Triennial report on the lunatic asylums in the province of Eastern Bengal and Assam - 1903-1911
Year: 1903
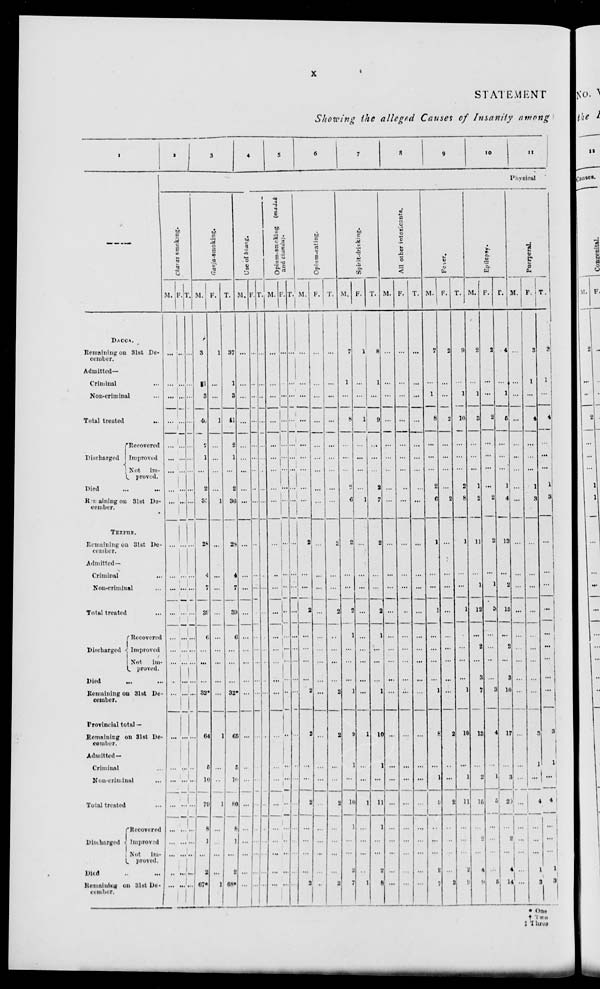
x
STATEMENT
Showing the alleged Causes of Insanity among
1
—
DACCA.
Remaining on 31st De-
cember.
Admitted—
Criminal ...
Non-criminal ...
Total treated
...
Discharged
Recovered
Improved
Not
im-
proved.
Died ... ...
Remaining on 31st De-
cember.
TEZPUR.
Remaining on 31st De-
cember.
Admitted—
Criminal ...
Non-criminal ...
Total treated ...
Discharged
Recovered
Improved
Not
im-
proved.
Died ... ...
Remaining on 31st De-
cember.
Provincial total —
Remaining on 31st De-
cember.
Admitted—
Criminal ...
Non-criminal ...
Total treated ...
Discharged
Recovered
Improved
Not
im-
proved.
Died
...
...
Remaining on 31st De-
cember.
2
3
4
5
6
7
8
9
10
11
Physical
Charas smoking.
M.
...
...
...
...
...
...
...
...
...
...
...
...
...
...
...
...
...
...
...
...
...
...
...
...
...
...
...
F.
...
...
...
...
...
...
...
...
...
...
...
...
...
...
...
...
...
...
...
...
...
...
...
...
...
...
...
T.
...
...
...
...
...
...
...
...
...
...
...
...
...
...
...
...
...
...
...
...
...
...
...
...
...
...
...
Ganja-smoking.
M.
3
1
3
40
2
1
...
2
35
28
4
7
39
6
...
...
...
32*
64
5
10
79
8
1
...
2
67*
F.
1
...
...
1
...
...
...
...
1
...
...
...
...
...
...
...
...
...
1
...
...
1
...
...
...
...
1
T.
37
1
3
41
2
1
...
2
36
28
4
7
39
6
...
...
...
32*
65
5
10
80
8
1
...
2
68*
Use of bhang.
M.
...
...
...
...
...
...
...
...
...
...
...
...
...
...
...
...
...
...
...
...
...
...
...
...
...
...
...
F.
...
...
...
...
...
...
...
...
...
...
...
...
...
...
...
...
...
...
...
...
...
...
...
...
...
...
...
T.
...
...
...
...
...
...
...
...
...
...
...
...
...
...
...
...
...
...
...
...
...
...
...
...
...
...
...
Opium-smoking
(madak
and chandu).
M.
...
...
...
...
...
...
...
...
...
...
...
...
...
...
...
...
...
...
...
...
...
...
...
...
...
...
...
F.
...
...
...
...
...
...
...
...
...
...
...
...
...
...
...
...
...
...
...
...
...
...
...
...
...
...
...
T.
...
...
...
...
...
...
...
...
...
...
...
...
...
...
...
...
...
...
...
...
...
...
...
...
...
...
...
Opium-eating.
M.
...
...
...
...
...
...
...
...
...
2
...
...
2
...
...
...
...
2
2
...
...
2
...
...
...
...
2
F.
...
...
...
...
...
...
...
...
...
...
...
...
...
...
...
...
...
...
...
...
...
...
...
...
...
...
...
T.
...
...
...
...
...
...
...
...
...
2
...
...
2
...
...
...
...
2
2
...
...
2
...
...
...
...
2
Spirit-drinking.
M.
7
1
...
8
...
...
...
2
6
2
...
...
2
1
...
...
...
1
9
1
...
10
1
...
...
2
7
F.
1
...
...
1
...
...
...
...
1
...
...
...
...
...
...
...
...
...
1
...
...
1
...
...
...
...
1
T.
8
1
...
9
...
...
...
2
7
2
...
...
2
1
...
...
...
1
10
1
...
11
1
...
...
2
8
All other intoxicants.
M.
...
...
...
...
...
...
...
...
...
...
...
...
...
...
...
...
...
...
...
...
...
...
...
...
...
...
...
F.
...
...
...
...
...
...
...
...
...
...
...
...
...
...
...
...
...
...
...
...
...
...
...
...
...
...
...
T.
...
...
...
...
...
...
...
...
...
...
...
...
...
...
...
...
...
...
...
...
...
...
...
...
...
...
...
Fever.
M.
7
...
1
8
...
...
...
2
6
1
...
...
1
...
...
...
...
1
8
...
1
9
...
...
...
2
7
F.
2
...
...
2
...
...
...
...
2
...
...
...
...
...
...
...
...
...
2
...
...
2
...
...
...
...
2
T.
9
...
1
10
...
...
...
2
8
1
...
...
1
...
...
...
...
1
10
...
1
11
...
...
...
2
9
Epilepsy.
M.
2
...
1
3
...
...
...
1
2
11
...
1
12
...
2
...
3
7
13
...
2
15
...
2
...
4
9
F.
2
...
...
2
...
...
...
...
2
2
...
1
3
...
...
...
...
3
4
...
1
5
...
...
...
...
5
T.
4
...
1
5
...
...
...
1
4
13
...
2
15
...
2
...
3
10
17
...
3
20
...
2
...
4
14
Puerperal.
M.
...
...
...
...
...
...
...
...
...
...
...
...
...
...
...
...
...
...
...
...
...
...
...
...
...
...
...
F.
3
1
...
4
...
...
...
1
3
...
...
...
...
...
...
...
...
...
3
1
...
4
...
...
...
1
3
T.
3
1
...
4
...
...
...
1
3
...
...
...
...
...
...
...
...
...
3
1
...
4
...
...
...
1
3
* One
† Two
‡ Three